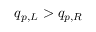
q _ { p , L } > q _ { p , R }